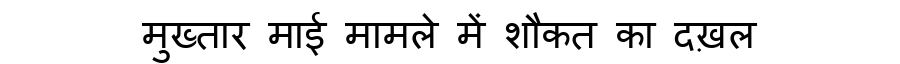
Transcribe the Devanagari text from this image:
मुख्तार माई मामले में शौकत का दख़ल